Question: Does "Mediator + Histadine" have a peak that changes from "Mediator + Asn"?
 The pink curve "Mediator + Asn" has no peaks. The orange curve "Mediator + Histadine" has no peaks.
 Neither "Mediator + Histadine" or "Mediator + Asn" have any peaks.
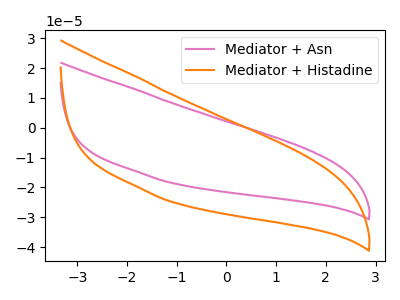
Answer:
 <answer>No, "Mediator + Histadine" and "Mediator + Asn" don't appear to be significantly different in shape</answer>
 <eval>no_change</eval>